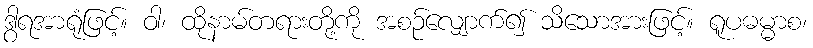
ဒွါရအာရုံဖြင့်။ ဝါ၊ ထိုနာမ်တရားတို့ကို အစဉ်လျှောက်၍ သိသောအားဖြင့်။ ရူပဓမ္မာစ၊